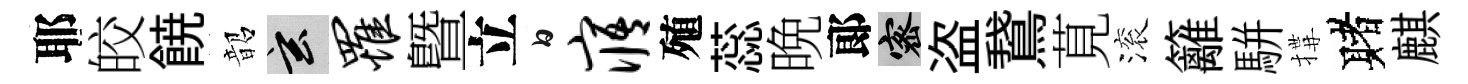
耶皎𩜙韶玄罹曁立白寤殖蕊晩郞密盗鵞莧滚籬駢搆赌麒